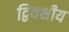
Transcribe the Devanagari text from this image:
द्वियक्षीय